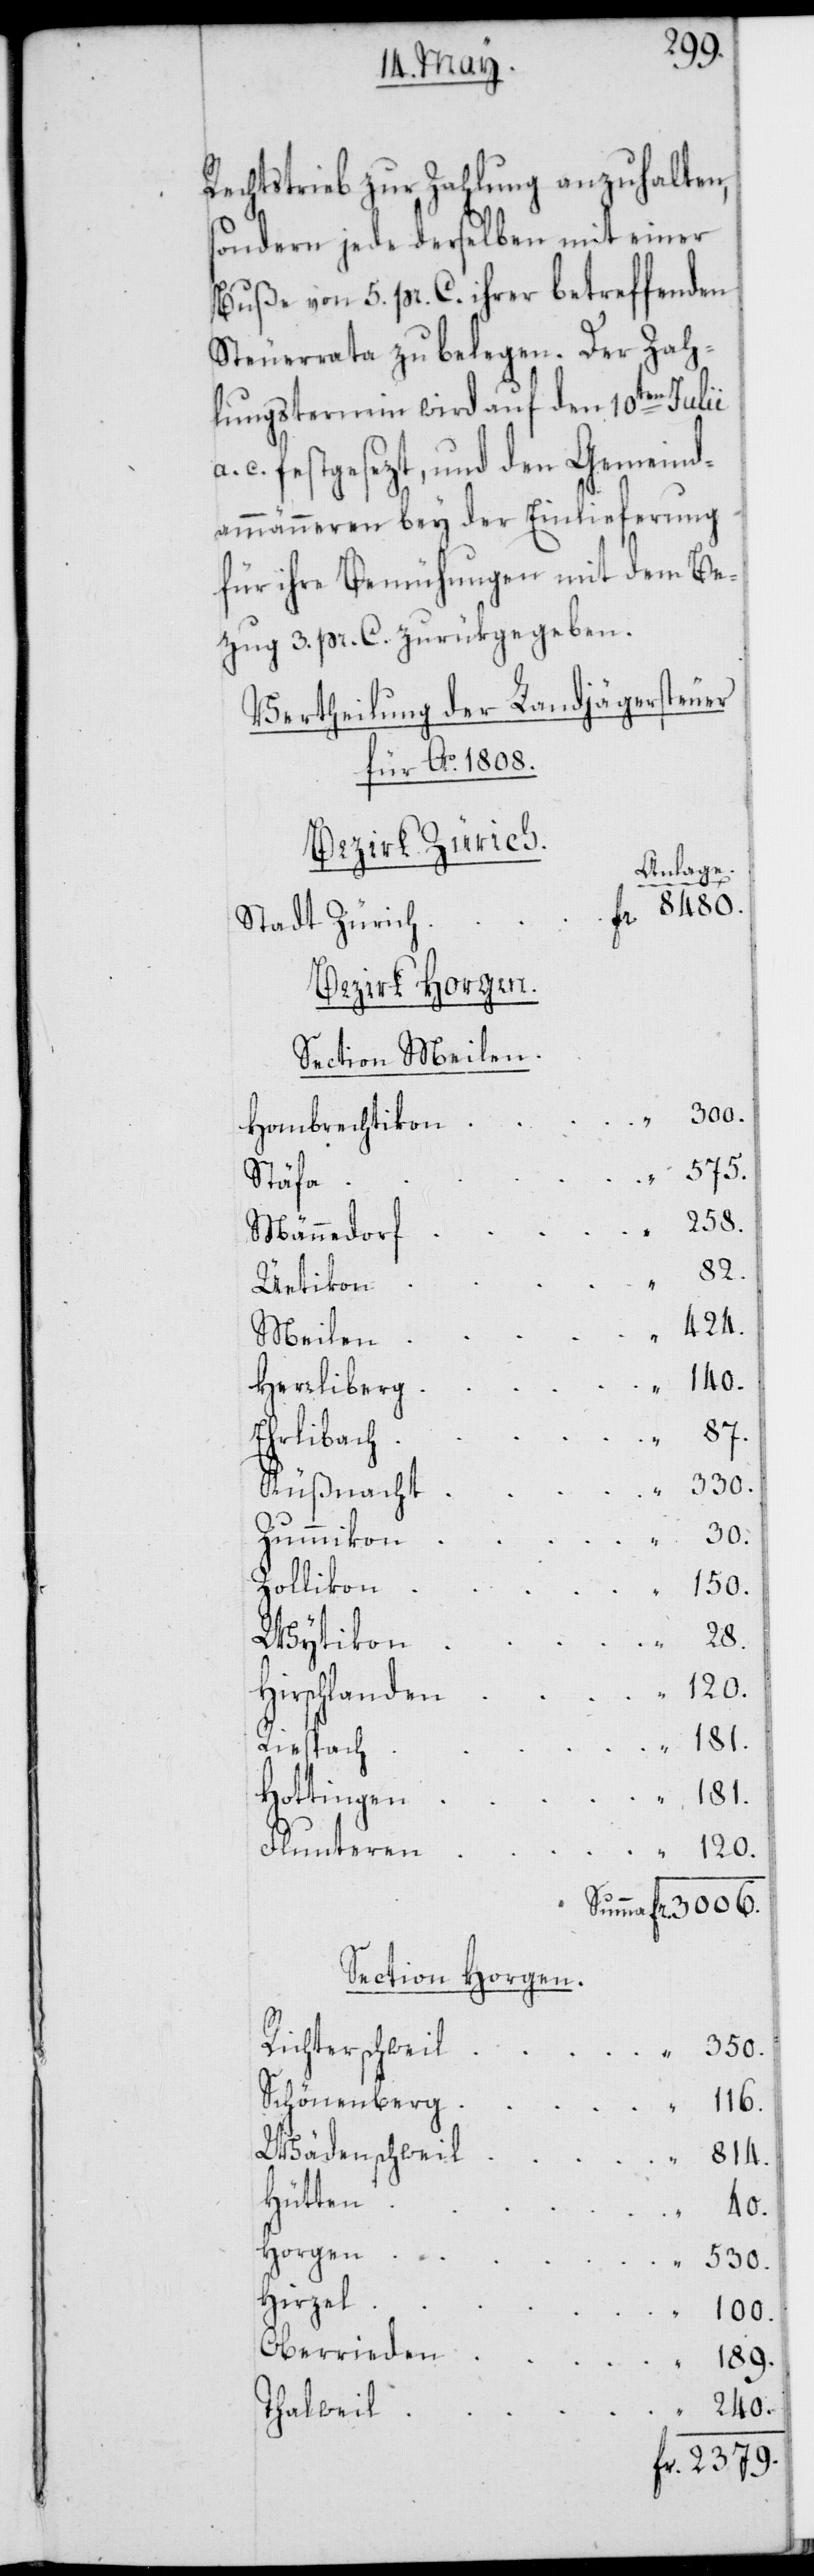
Rechtstrieb zur Zahlung anzuhalten,
sondern jede derselben mit einer
Buße von 5. pr. C. ihrer betreffenden
Steuerrata zu belegen. Der Zah¬
lungstermin wird auf den 10ten Julii
c. festgesezt, und den Gemeind¬
ammänneren bey der Einlieferung
für ihre Bemühungen mit dem Be¬
zug 3. pr. C. zurükgegeben.
Vertheilung der Landjägersteuer
für Ao. 1808.
Bezirk Zürich.
Anlage.
Fr. 8480.
Stadt Zürich
Bezirk Horgen.
Section Meilen.
Hombrechtik
Stäfa
Männedorf
82.
Uetikon
Meilen
240.
Herrliberg
87.
Ehrlibach
Küßnacht
530.
Zummikon
Zollikon
150.
Wytikon
120.
Hirschlanden
Riespach
181.
Hottingen
Fluntern
Summa Fr. 3006.
Section Horgen.
Richterschweil 	“ 	350.
Schönenberg
Wädenschweil
814.
Hütten
40.
Horgen
Hirzel
100.
Oberrieden
189.
Thalweil
Fr. 2379.